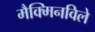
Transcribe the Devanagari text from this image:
मैक्मिनविले